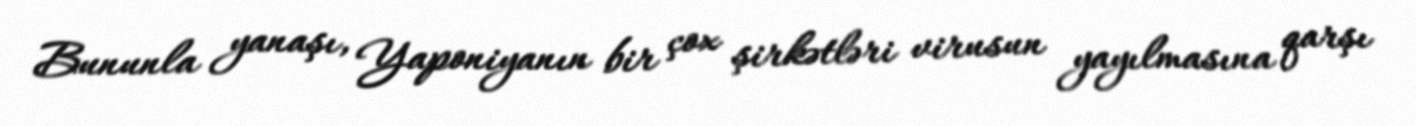
Bununla yanaşı, Yaponiyanın bir çox şirkətləri virusun yayılmasına qarşı